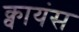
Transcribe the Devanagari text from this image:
क्वायंस